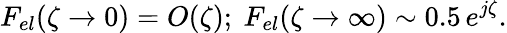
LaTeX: F_{el}(\zeta\to 0)=O(\zeta);\ F_{el}(\zeta\to\infty)\sim 0.5\, e^{j\zeta}.